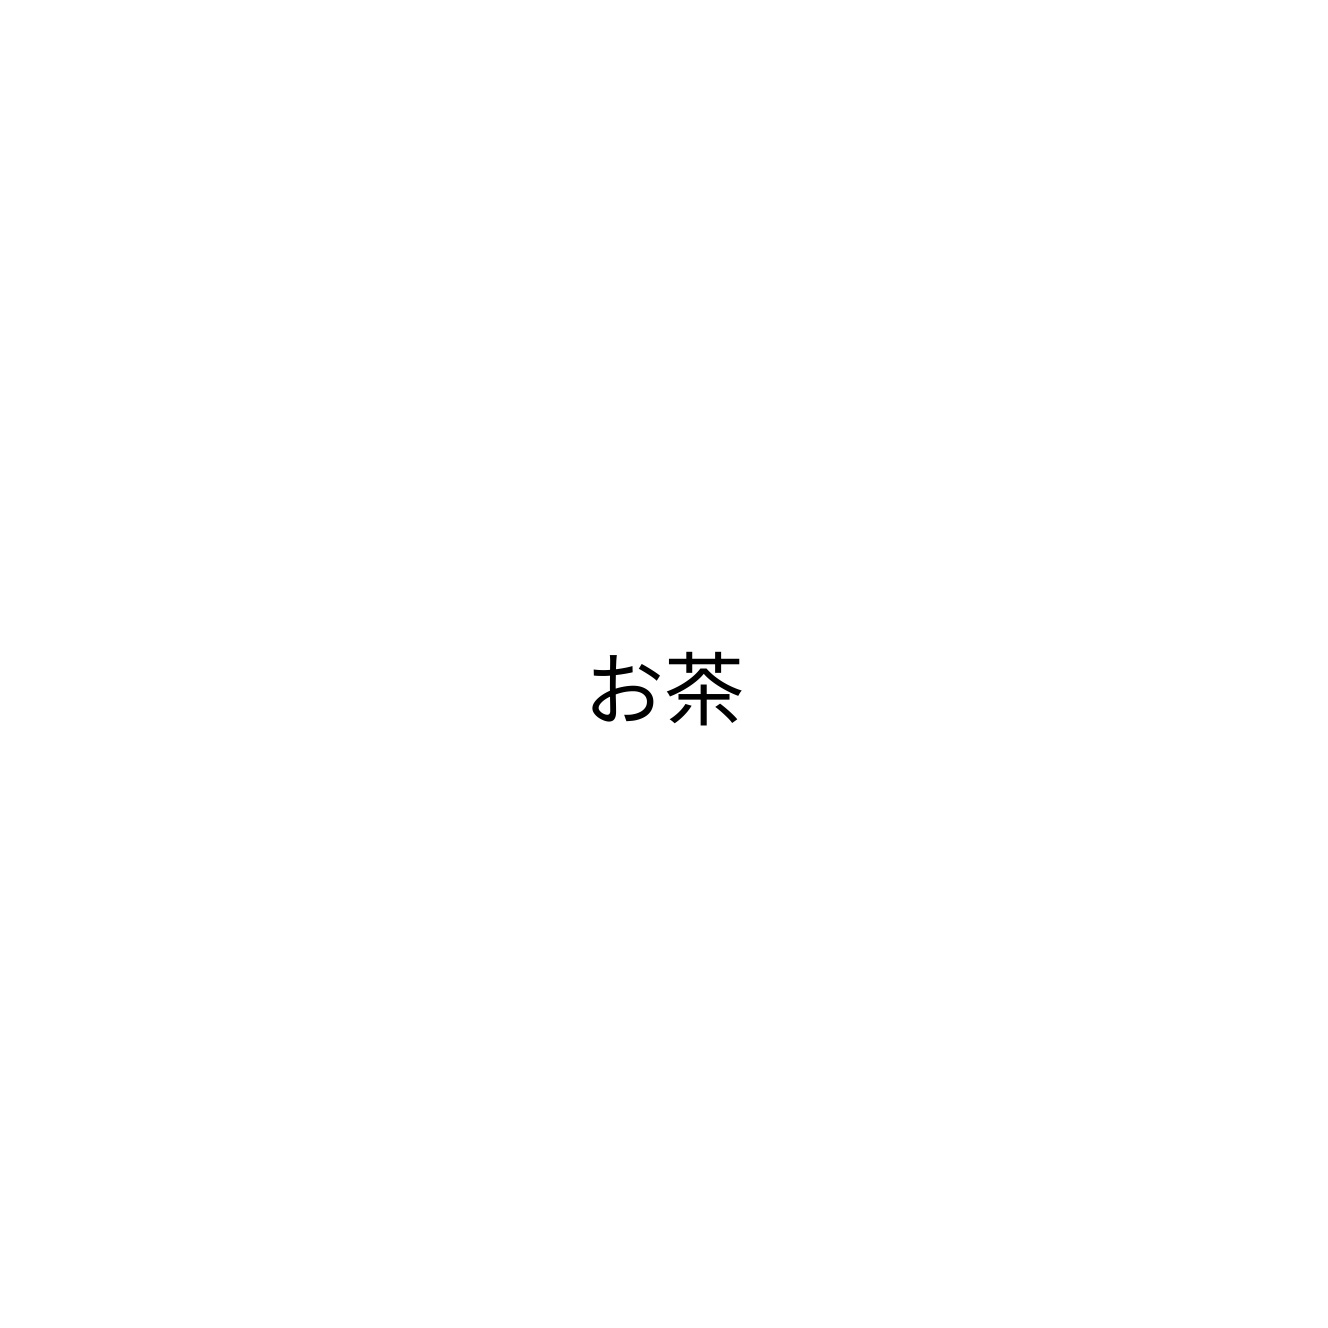
お茶